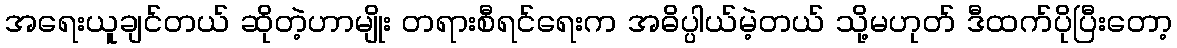
အရေးယူချင်တယ် ဆိုတဲ့ဟာမျိုး တရားစီရင်ရေးက အဓိပ္ပါယ်မဲ့တယ် သို့မဟုတ် ဒီထက်ပိုပြီးတော့